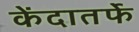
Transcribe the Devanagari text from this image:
केंदातर्फे